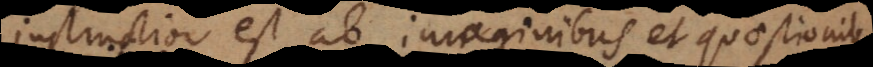
instructior est ab imaginibus et quaestionibu